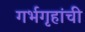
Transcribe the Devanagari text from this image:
गर्भगृहांची